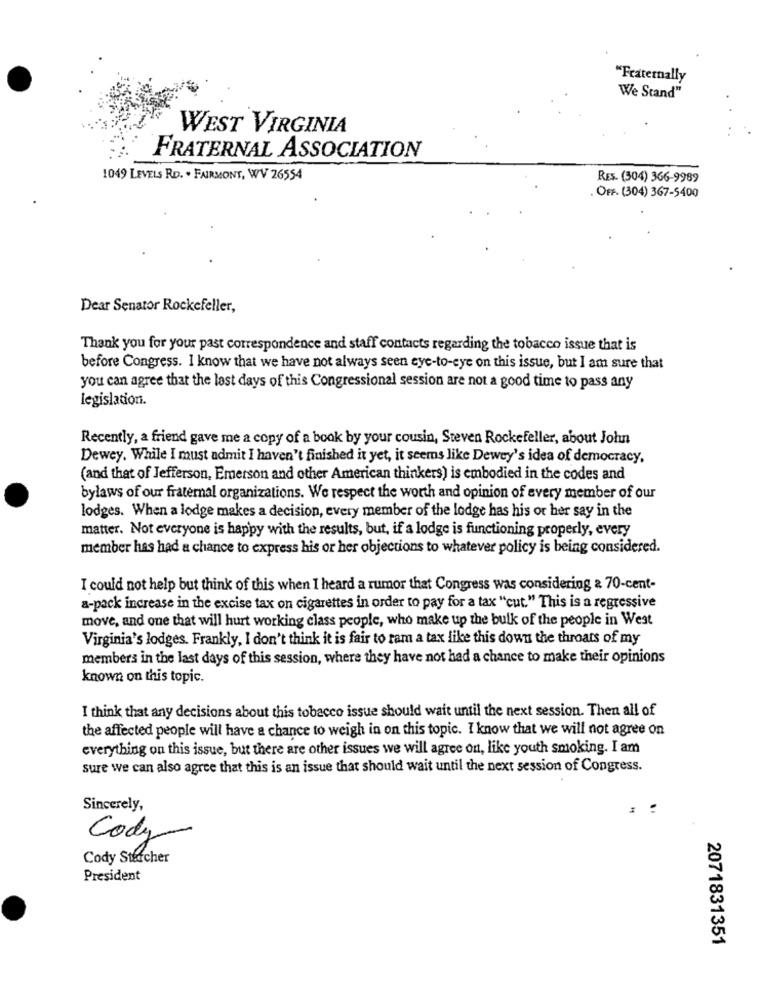
"Fraternally
We Stand"
WEST VIRGINIA
FRATERNAL ASSOCIATION
1049 LEVELS RD. . FAIRMONT, WV 26554
RES. (304) 366-9989
OFF. (304) 367-5400
Dear Senator Rockefeller,
Thank you for your past correspondence and staff contacts regarding the tobacco issue that is
before Congress. I know that we have not always seen cyc-to-eye on this issue, but I am sure that
you can agree that the last days of this Congressional session are not a good time to pass any
legislation.
Recently, a friend gave me a copy of a book by your cousin, Steven Rockefeller, about John
Dewey. While I must admit I haven't finished it yet, it seems like Dewey's idea of democracy,
(and that of Jefferson, Emerson and other American thinkers) is embodied in the codes and
bylaws of our fraternal organizations. We respect the worth and opinion of every member of our
lodges. When a lodge makes a decision, every member of the lodge has his or her say in the
matter. Not everyone is happy with the results, but, if a lodge is functioning properly, every
member has had a chance to express his or her objections to whatever policy is being considered.
I could not help but think of this when I heard a rumor that Congress was considering & 70-cent-
a-pack increase in the excise tax on cigarettes in order to pay for a tax "cut." This is a regressive
move, and one that will hurt working class people, who make up the bulk of the people in West
Virginia's lodges. Frankly, I don't think it is fair to ram a tax like this down the throats of my
members in the last days of this session, where they have not had a chance to make their opinions
known on this topic.
I think that any decisions about this tobacco issue should wait until the next session. Then all of
the affected people will have a chance to weigh in on this topic. I know that we will not agree on
everything on this issue, but there are other issues we will agree on, like youth smoking. I am
sure we can also agree that this is an issue that should wait until the next session of Congress.
Sincerely,
Cody
Cody Stercher
President
2071831351